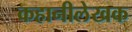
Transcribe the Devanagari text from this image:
कहानीलेखक